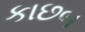
કાછબ